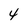
Character: 4